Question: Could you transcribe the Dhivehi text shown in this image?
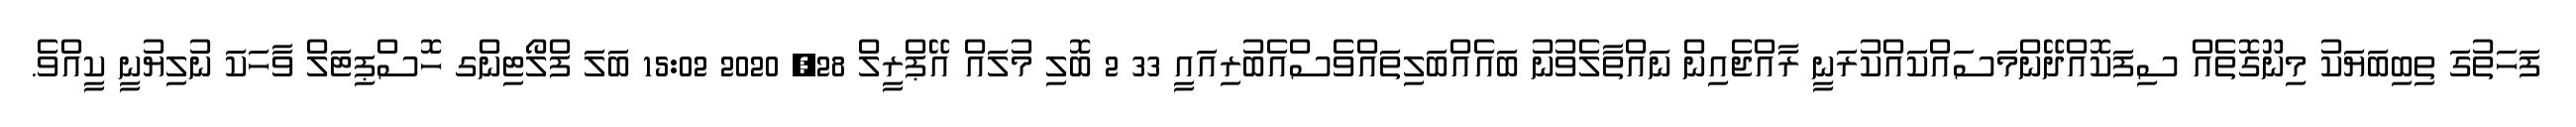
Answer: ފަހަތުގަ ތިބިބަޔަކު މިނޫގޮތެއް ސިފަކޮއްދޭންމަސައްކައްކުރަނީ ރާއްޖެއިން ނައްތާލެވުނު ބައެއްބަލިތައްވެސްއެބުރިއައީ 33 2 ބޮލި މުލައް އޭޕްރީލް 28, 2020 15:02 ބަލަ ފްލޯޓިންގ ހޮސްޕިޓަލް ވާހަކަ ނުލިޔުނީ ކީއްވެ.